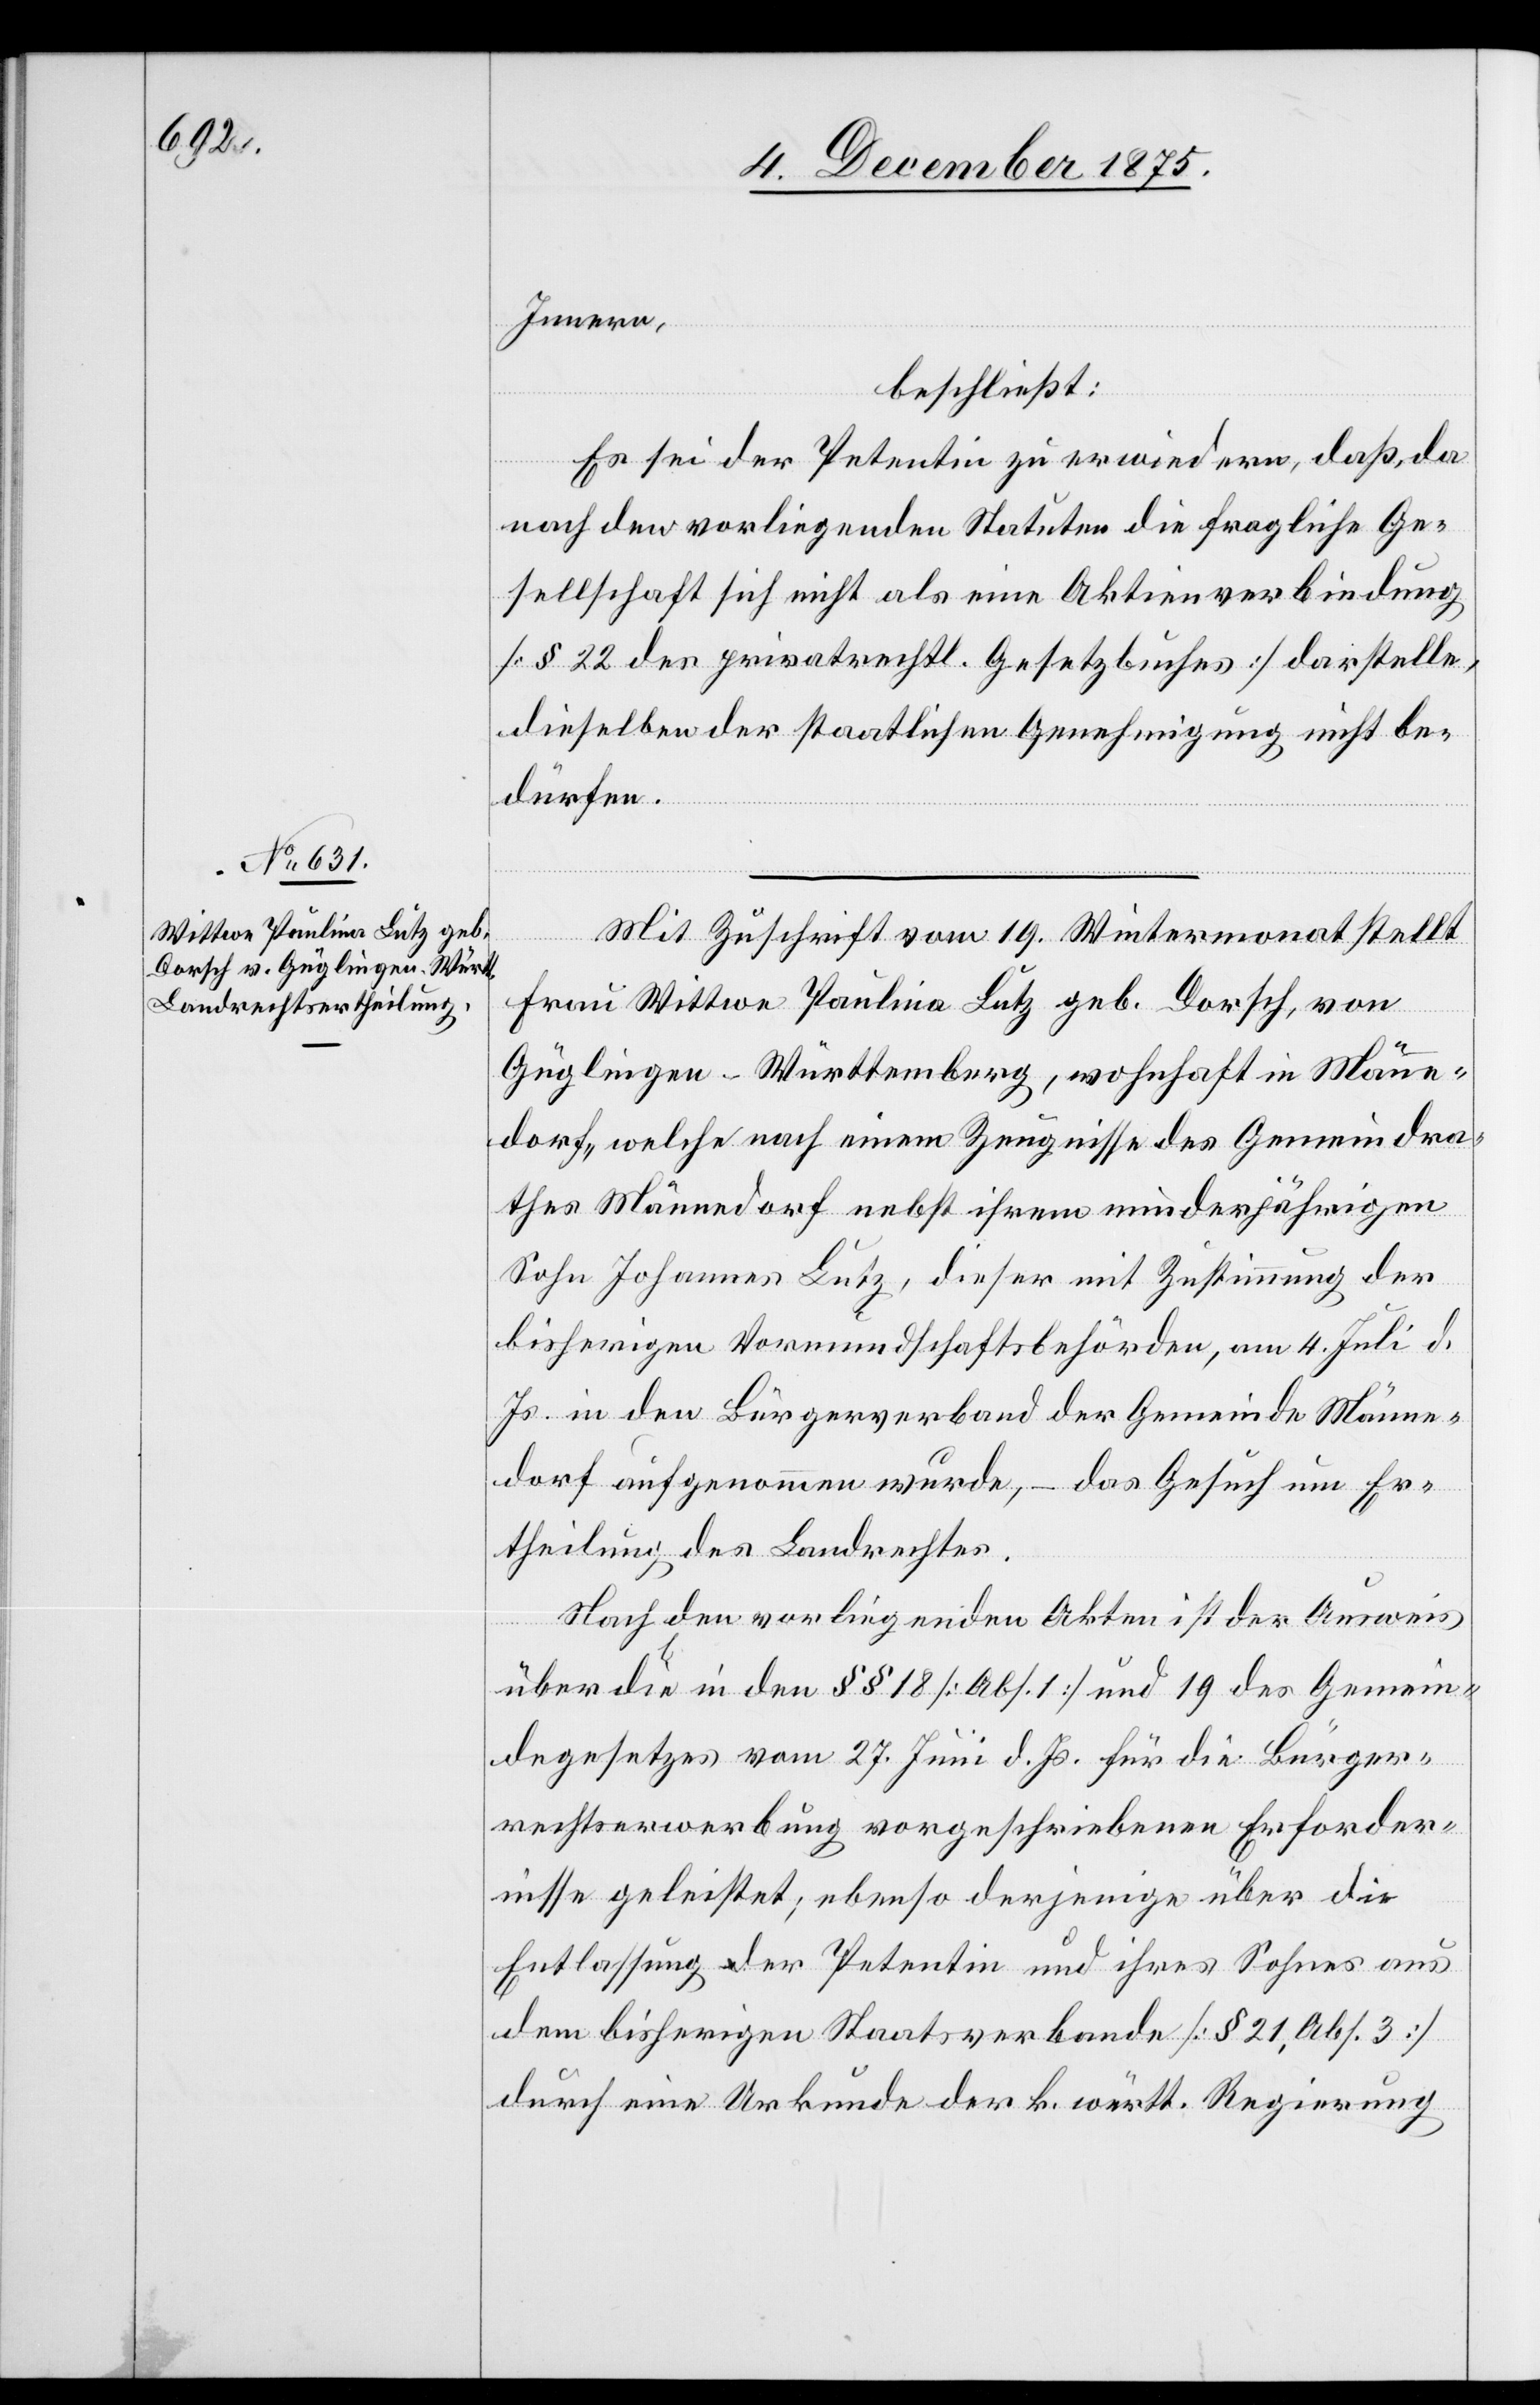
Innern,
beschließt:
Es sei der Petentin zu erwiedern, daß, da
nach den vorliegenden Statuten die fragliche Ge¬
sellschaft sich nicht als eine Aktivverbindung
[§ 22 des privatrechtl. Gesetzbuches] darstelle,
dieselben der staatlichen Genehmigung nicht be¬
dürfen.